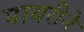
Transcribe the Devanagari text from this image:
पायरीने